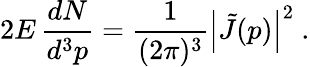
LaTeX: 2E\, \frac{dN}{d^{3}p}=\frac{1}{(2\pi)^{3}}\left|\tilde{J}(p)\right|^{2}\ .